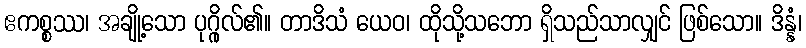
ဧကစ္စဿ၊ အချို့သော ပုဂ္ဂိုလ်၏။ တာဒိသံ ယေဝ၊ ထိုသို့သဘော ရှိသည်သာလျှင် ဖြစ်သော။ ဒိန္နံ၊